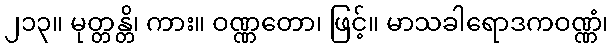
၂၁၃။ မုတ္တန္တိ၊ ကား။ ဝဏ္ဏတော၊ ဖြင့်။ မာသခါရောဒကဝဏ္ဏံ၊